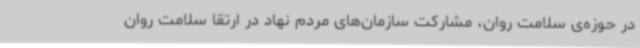
در حوزه‌ی سلامت روان، مشارکت سازمان‌های مردم نهاد در ارتقا سلامت روان